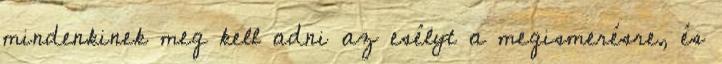
mindenkinek meg kell adni az esélyt a megismerésre, és